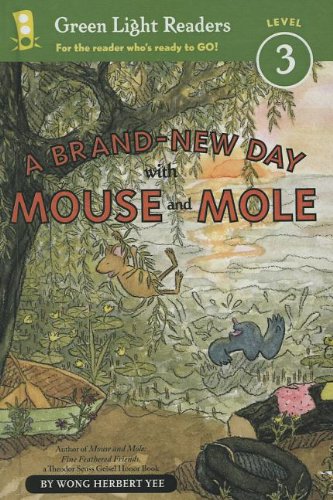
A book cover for A Brand-New Day With Mouse And Mole (Turtleback School & Library Binding Edition) (Green Light Readers: Level 3); Wong Herbert Yee; Humor & Entertainment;